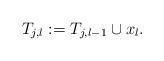
LaTeX: \begin{align*}T_{j,l} := T_{j,l-1} \cup x_{l}.\end{align*}